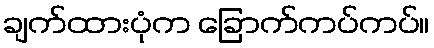
ချက်ထားပုံက ခြောက်ကပ်ကပ်။